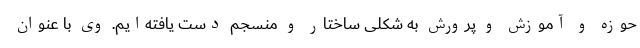
حوزه و آموزش و پرورش به شکلی ساختار و منسجم دست یافته‌ایم. وی با عنوان